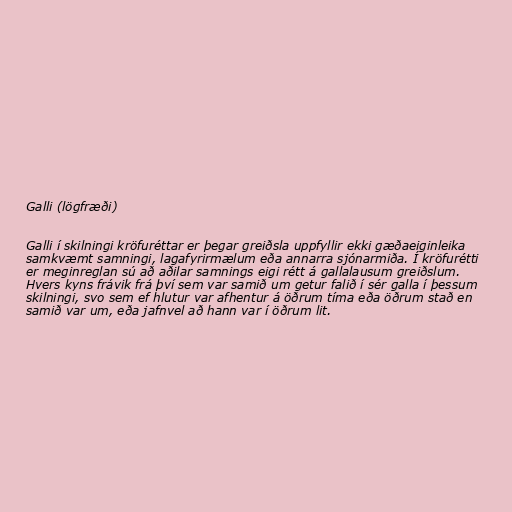
Galli (lögfræði)

Galli í skilningi kröfuréttar er þegar greiðsla uppfyllir ekki gæðaeiginleika
samkvæmt samningi, lagafyrirmælum eða annarra sjónarmiða. Í kröfurétti
er meginreglan sú að aðilar samnings eigi rétt á gallalausum greiðslum.
Hvers kyns frávik frá því sem var samið um getur falið í sér galla í þessum
skilningi, svo sem ef hlutur var afhentur á öðrum tíma eða öðrum stað en
samið var um, eða jafnvel að hann var í öðrum lit.